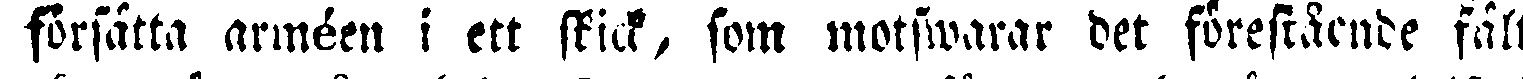
försatta armén i ett skick, som motswarar det förestående fält-